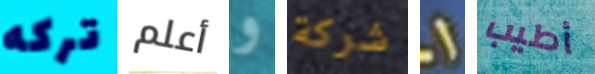
تركه أعلم و شركة 1 أطيب